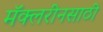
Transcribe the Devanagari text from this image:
मॅक्लरीनसाठी